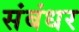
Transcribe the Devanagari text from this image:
संबंधर